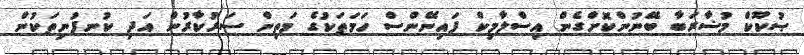
ޞުކޫކް މުޟާރަބާ ބޭނުންކޮށްގެން އިސްލާމިކް ފައިނޭންސް ހަމަތަކުގެ މަތިން ސަރުކާރުން އަދި ކުނފުނިތަކުން